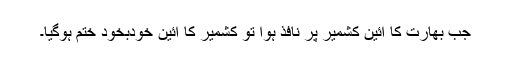
جب بھارت کا آئین کشمیر پر نافذ ہوا تو کشمیر کا آئین خودبخود ختم ہوگیا۔